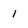
Character: 1